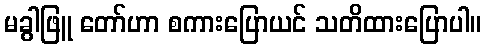
မခွါဖြူ တော်ဟာ စကားပြောယင် သတိထားပြောပါ။